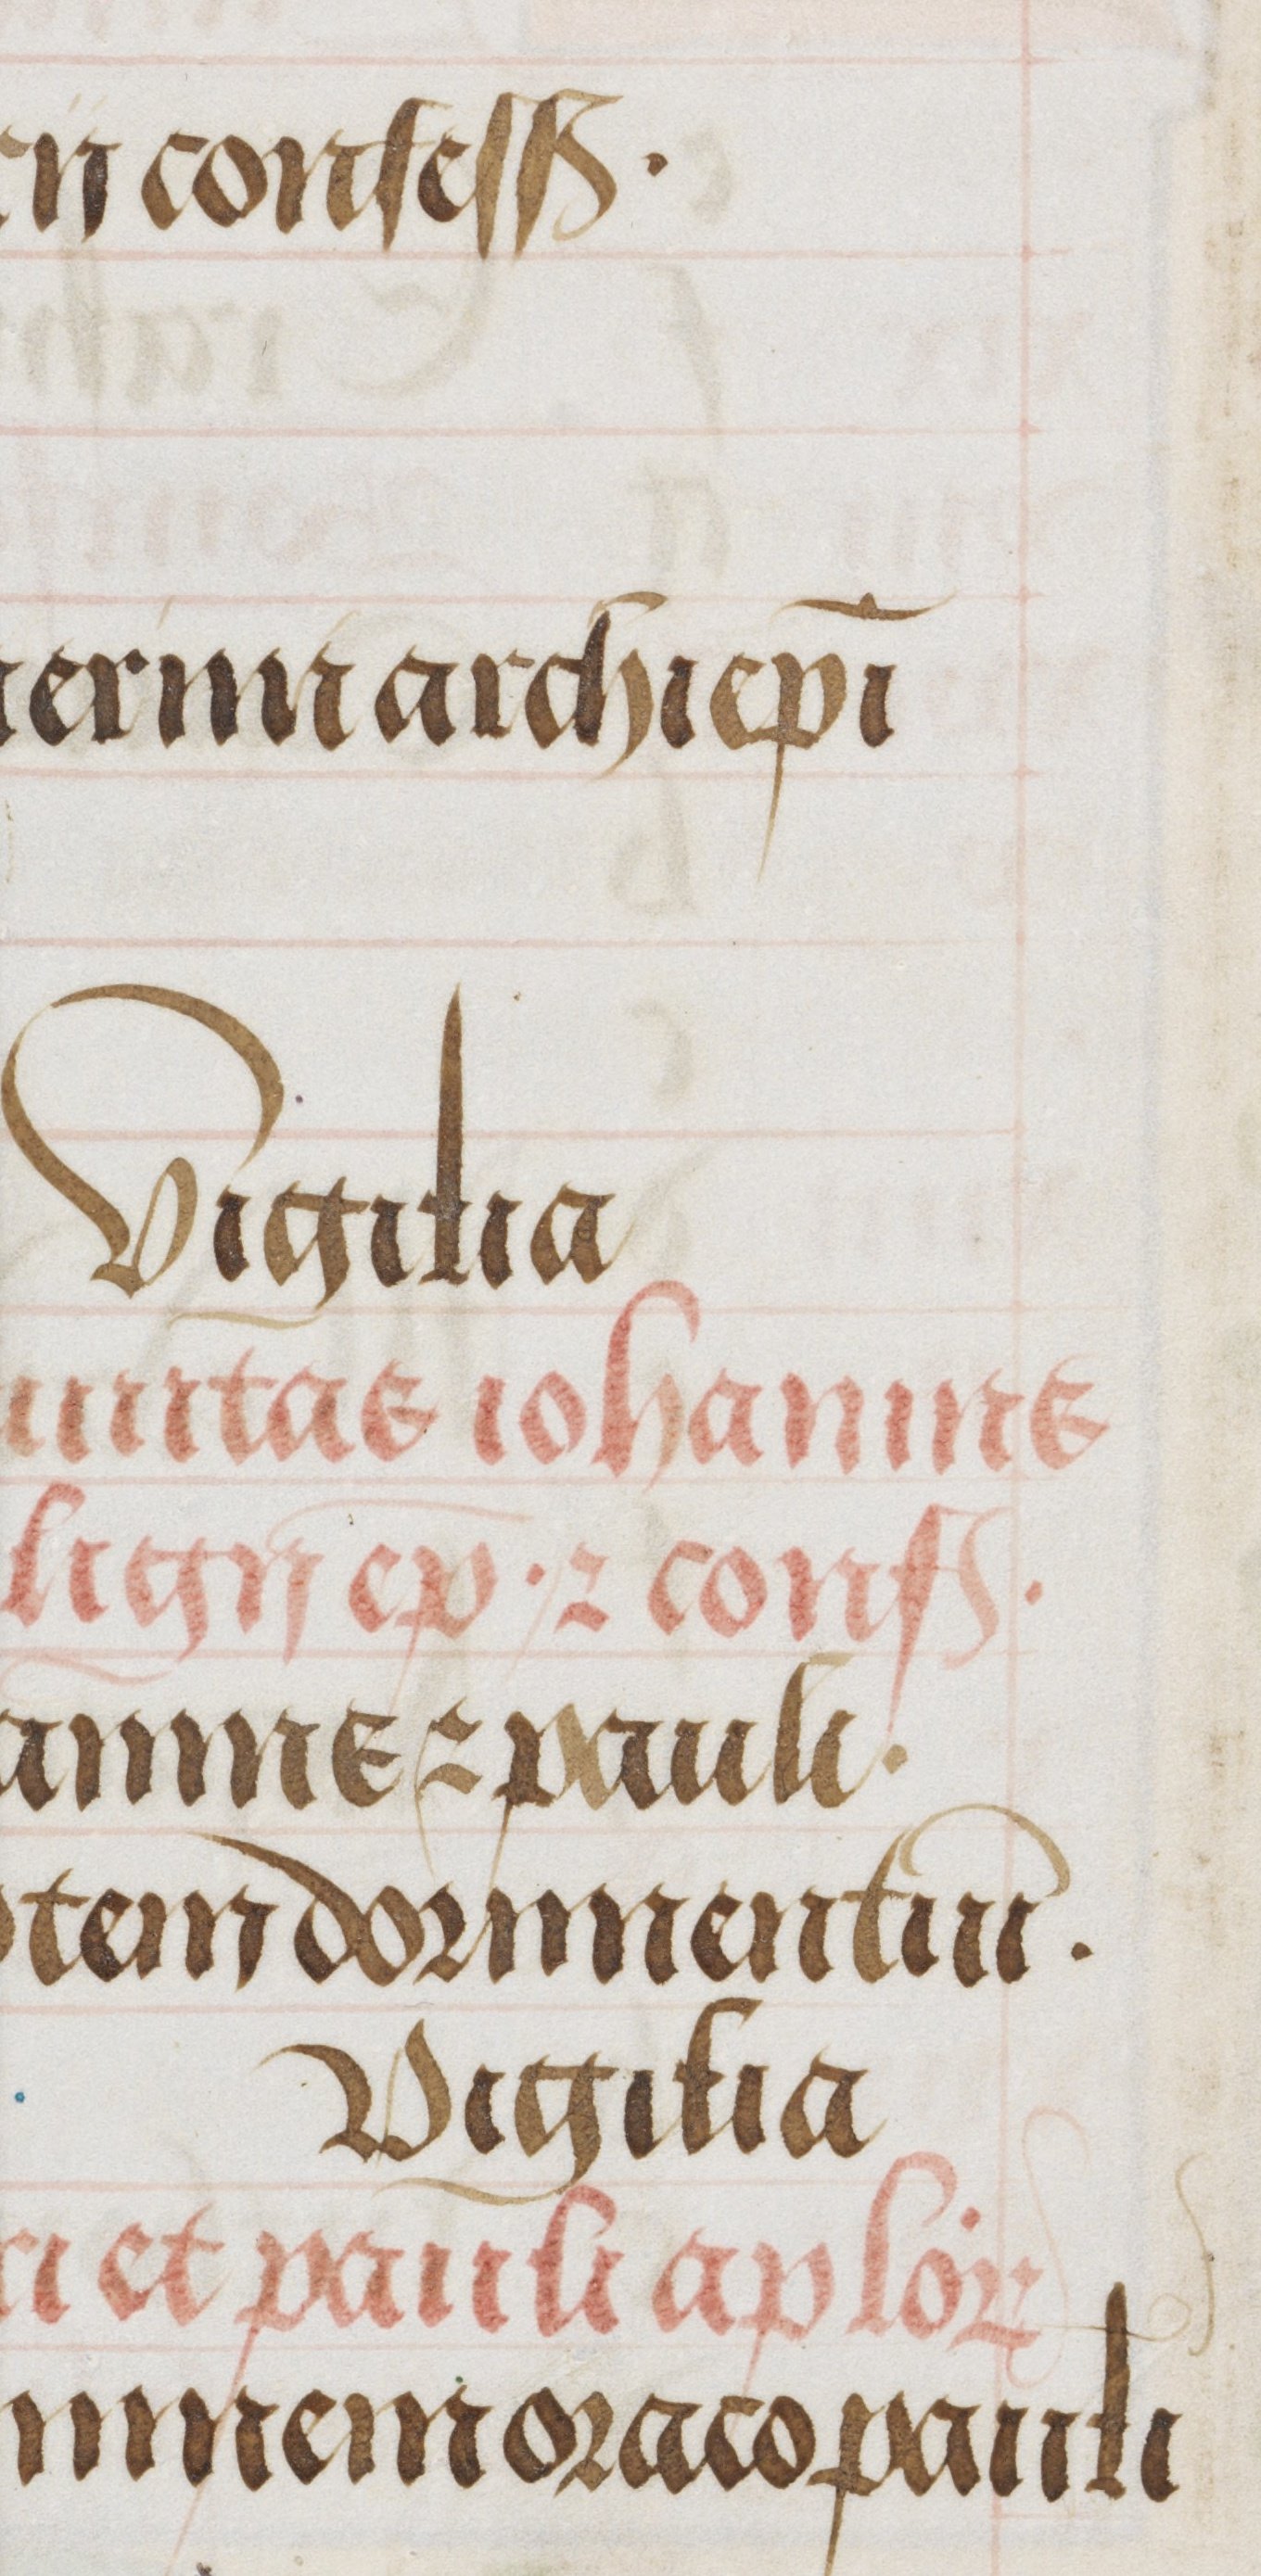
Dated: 1485–1515